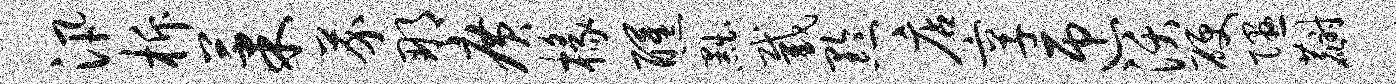
汛柝果芥那广椽醺黜截黔店享匝沃硬隰麝